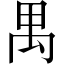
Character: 禺